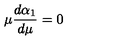
\mu { \frac { d \alpha _ { 1 } } { d \mu } } = 0